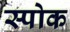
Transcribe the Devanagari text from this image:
स्‍पोक